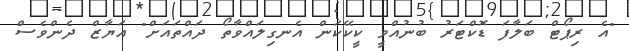
"އެ ރިޕޯޓް ބަލާފަ ޑޮކްޓަރު ބުނުއްވީ ކީކޭކަން އެނގިލައްވާތޯ ދައްތައަށް" އަޔާޒް ދެންވެސް